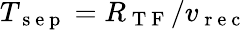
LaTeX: T_{\mathrm{~s~e~p~}}=R_{\mathrm{~T~F~}}/v_{\mathrm{~r~e~c~}}